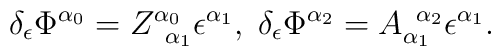
\delta _\epsilon \Phi ^{\alpha _0}=Z_{\;\;\alpha _1}^{\alpha_0}\epsilon ^{\alpha _1},\;\delta _\epsilon \Phi ^{\alpha _2}=A_{\alpha_1}^{\;\;\alpha _2}\epsilon ^{\alpha _1}.